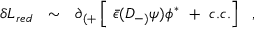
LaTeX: \delta { \cal L } _ { r e d } ~ ~ \sim ~ ~ \partial _ { ( + } \left[ ~ { \bar { \epsilon } } ( D _ { - ) } \psi ) \phi ^ { * } ~ + ~ c . c . \right] ~ ~ ,